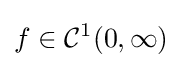
f\in {\mathcal {C}}^{1}(0,\infty )